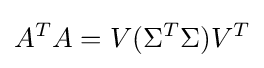
A^{T}A=V(\Sigma ^{T}\Sigma )V^{T}